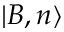
| B , n \rangle